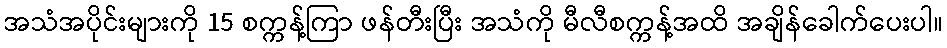
အသံအပိုင်းများကို 15 စက္ကန့်ကြာ ဖန်တီးပြီး အသံကို မီလီစက္ကန့်အထိ အချိန်ခေါက်ပေးပါ။